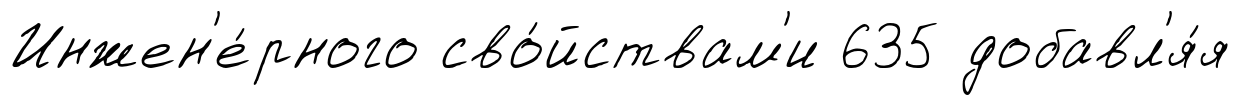
Инжен'е́рного сво́йствам'и 635 добавл'я́я